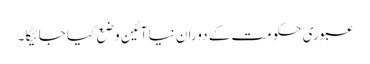
عبوری حکومت کے دوران نیا آئین وضع کیا جائیگا ۔